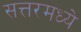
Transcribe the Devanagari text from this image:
सत्तरमध्ये